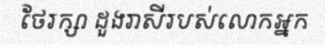
ថែរក្សា ដួងរាសីរបស់លោកអ្នក